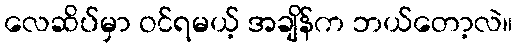
လေဆိပ်မှာ ဝင်ရမယ့် အချိန်က ဘယ်တော့လဲ။